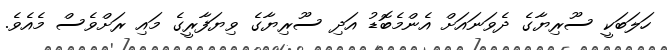
ހަލަބަކީ ސޫރިޔާގެ ދެވަނައަށް އެންމެބޮޑު އަދި ސޫރިޔާގެ ވިޔަފާރީގެ މައި ރަށްވެސް މެއެވެ.